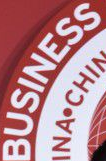
BUSINESS